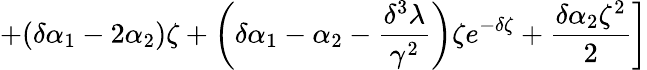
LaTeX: \left.+(\delta\alpha_{1}-2\alpha_{2})\zeta+\left(\delta\alpha_{1}-\alpha_{2}-\frac{\delta^{3}\lambda}{\gamma^{2}}\right)\zeta e^{-\delta\zeta}+\frac{\delta\alpha_{2}\zeta^{2}}{2}\right]